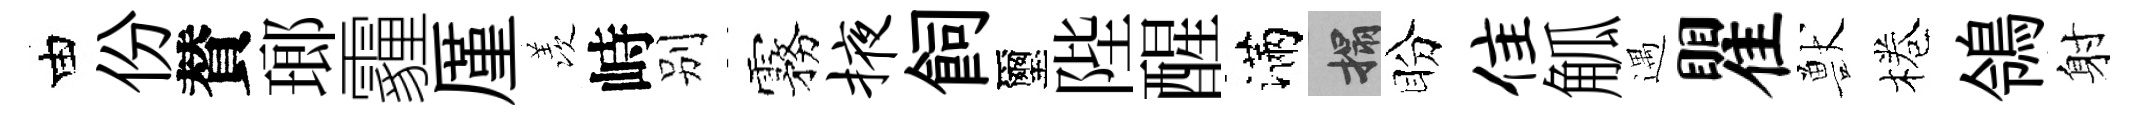
由份賛瑯霾厪羡峙别霧掖飼璽陛醒滿搨盼隹觚遇瞿獸棬鴒射